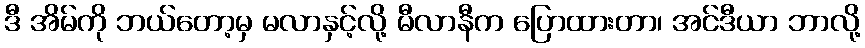
ဒီ အိမ်ကို ဘယ်တော့မှ မလာနှင့်လို့ မီလာနီက ပြောထားတာ၊ အင်ဒီယာ ဘာလို့